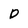
Character: D